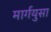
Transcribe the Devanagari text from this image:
मार्गयुसा